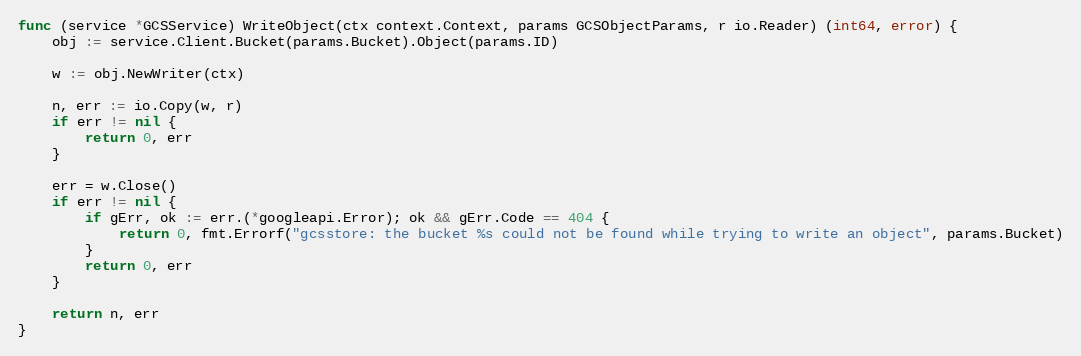
Language: Go
func (service *GCSService) WriteObject(ctx context.Context, params GCSObjectParams, r io.Reader) (int64, error) {
	obj := service.Client.Bucket(params.Bucket).Object(params.ID)

	w := obj.NewWriter(ctx)

	n, err := io.Copy(w, r)
	if err != nil {
		return 0, err
	}

	err = w.Close()
	if err != nil {
		if gErr, ok := err.(*googleapi.Error); ok && gErr.Code == 404 {
			return 0, fmt.Errorf("gcsstore: the bucket %s could not be found while trying to write an object", params.Bucket)
		}
		return 0, err
	}

	return n, err
}